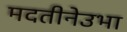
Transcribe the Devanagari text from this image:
मदतीनेउभा